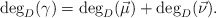
\begin{align*}\deg_D (\gamma) = \deg_D (\vec{\mu}) + \deg_D(\vec{\nu}).\end{align*}